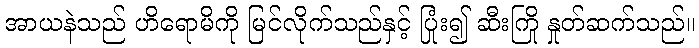
အာယနဲသည် ဟိရောမိကို မြင်လိုက်သည်နှင့် ပြုံး၍ ဆီးကြို နှုတ်ဆက်သည်။